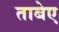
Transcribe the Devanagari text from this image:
ताबेए